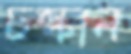
চল্‌কান